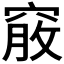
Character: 𥦵